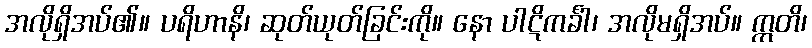
အလိုရှိအပ်၏။ ပရိဟာနိ၊ ဆုတ်ယုတ်ခြင်းကို။ နော ပါဋိကင်္ခါ၊ အလိုမရှိအပ်။ ဣတိ၊